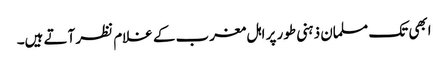
ابھی تک مسلمان ذہنی طور پر اہل مغرب کے غلام نظر آتے ہیں۔